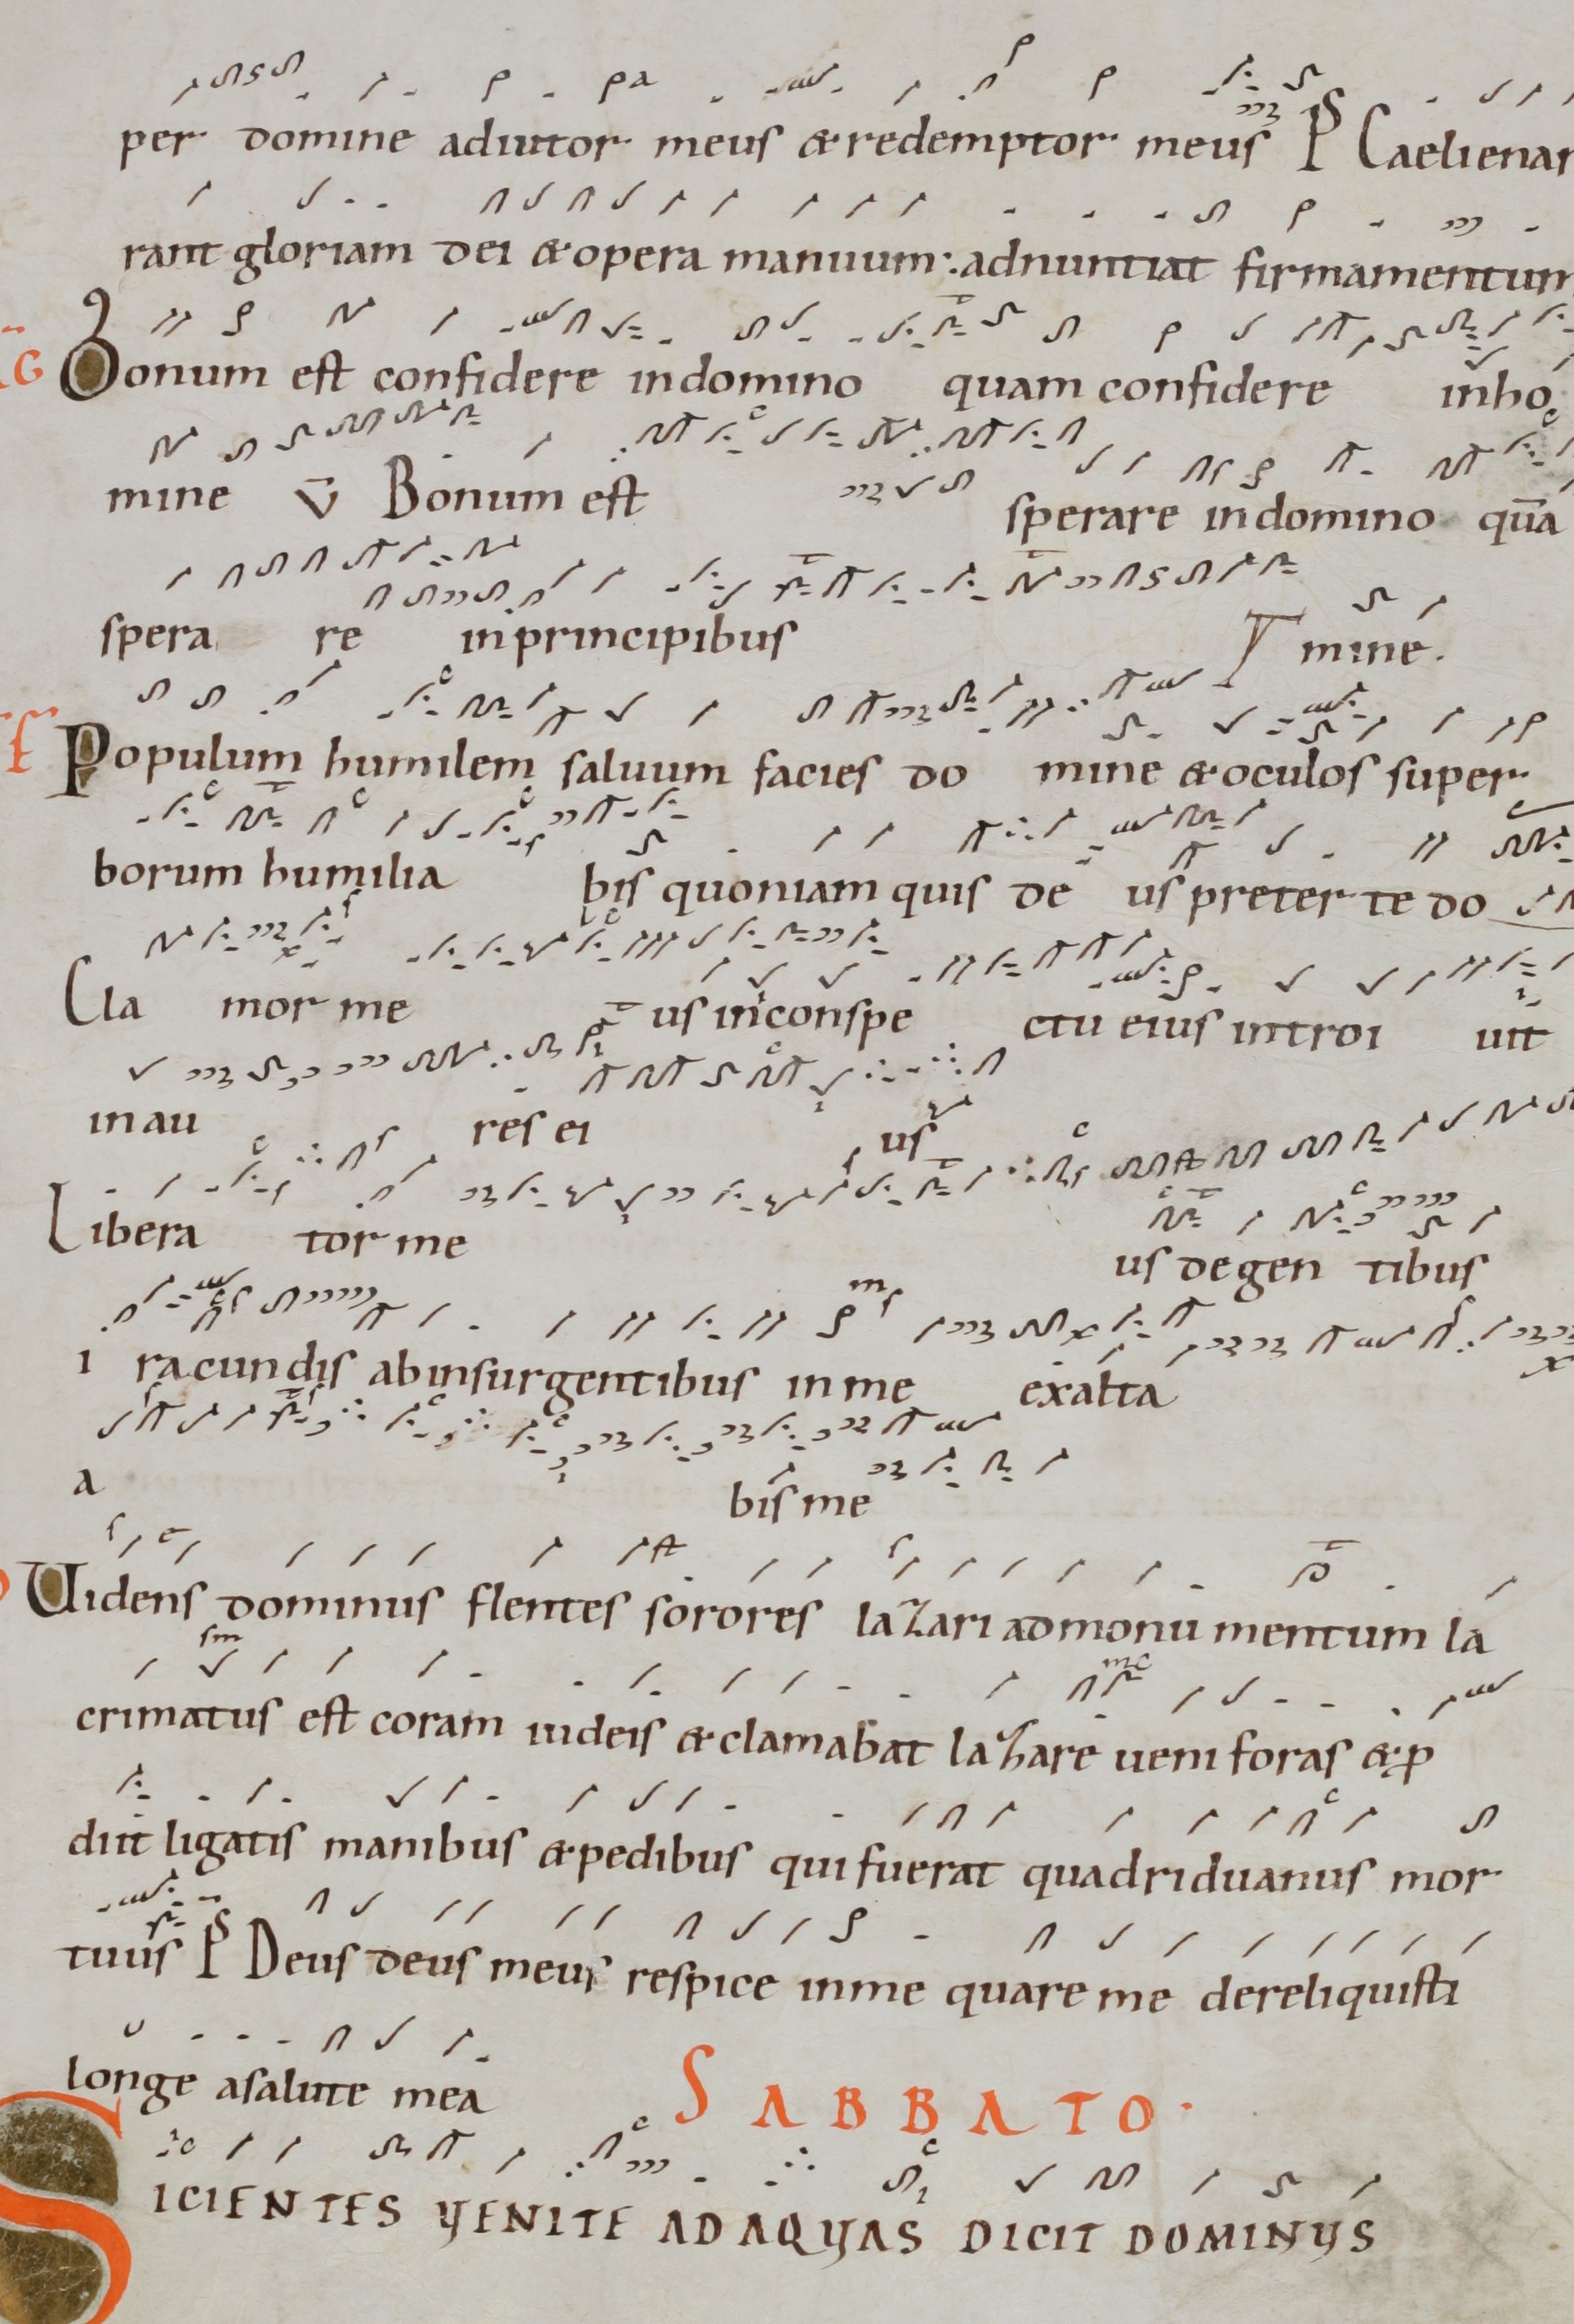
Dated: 1000–1099